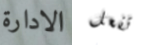
الادارة تفعل